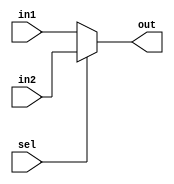
module MUX10 (input[9:0] in1,in2,input sel , output [9:0] out);
	assign out = sel?in2:in1;
endmodule